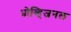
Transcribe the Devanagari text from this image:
प्रोव्हिजनल